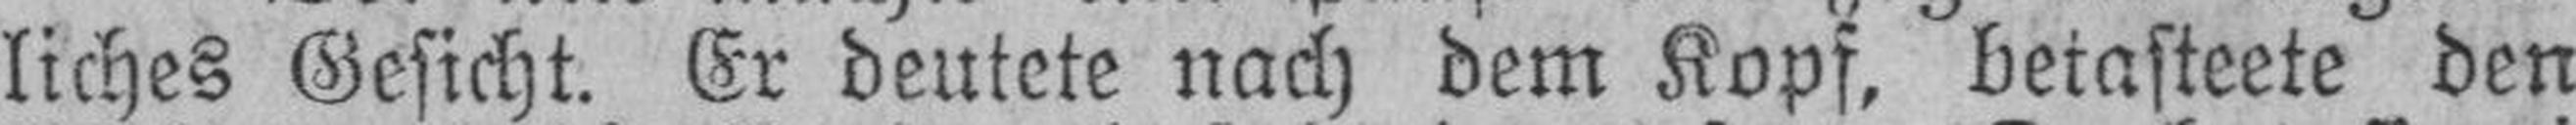
liches Gesicht. Er deutete nach dem Kopf, betasteete den